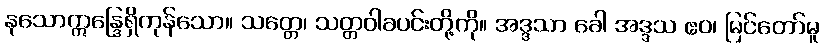
နုသောဣန္ဒြေရှိကုန်သော။ သတ္တေ၊ သတ္တဝါခပင်းတို့ကို။ အဒ္ဒသာ ခေါ အဒ္ဒသ ဧဝ၊ မြင်တော်မူ